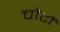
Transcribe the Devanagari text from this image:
चोंटों